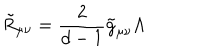
\tilde { R } _ { \mu \nu } = \frac { 2 } { d - 1 } \tilde { g } _ { \mu \nu } \Lambda